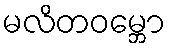
မလိတဝမ္ဘော